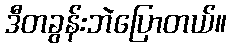
ဒီတခွန်းဘဲပြောတယ်။